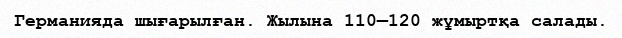
Германияда шығарылған. Жылына 110—120 жұмыртқа салады.